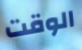
الوقت